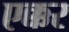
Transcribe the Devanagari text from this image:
एक्कर